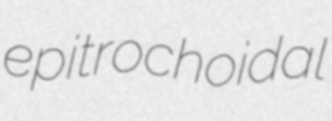
epitrochoidal